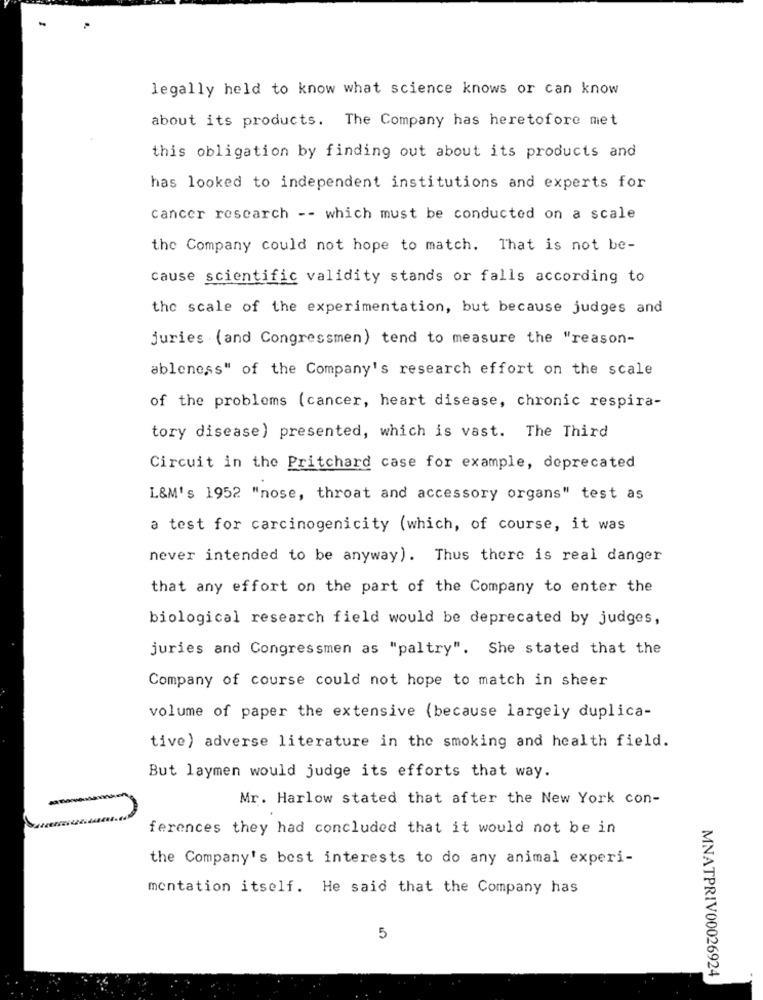
legally held to know what science knows or can know
about its products. The Company has heretofore met
this obligation by finding out about its products and
has looked to independent institutions and experts for
cancer research -- which must be conducted on a scale
the Company could not hope to match. That is not be-
cause scientific validity stands or falls according to
the scale of the experimentation, but because judges and
juries (and Congressmen) tend to measure the "reason-
ableness" of the Company's research effort on the scale
of the problems (cancer, heart disease, chronic respira-
tory disease) presented, which is vast. The Third
Circuit in the Pritchard case for example, deprecated
L&M's 1952 "nose, throat and accessory organs" test as
a test for carcinogenicity (which, of course, it was
never intended to be anyway). Thus there is real danger
that any effort on the part of the Company to enter the
biological research field would be deprecated by judges,
juries and Congressmen as "paltry". She stated that the
Company of course could not hope to match in sheer
volume of paper the extensive (because largely duplica-
tive) adverse literature in the smoking and health field.
But laymen would judge its efforts that way.
Mr. Harlow stated that after the New York con-
ferences they had concluded that it would not be in
the Company's best interests to do any animal experi-
mentation itself. He said that the Company has
5
MNATPRIV00026924